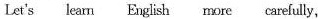
Let's learn English more carefully,